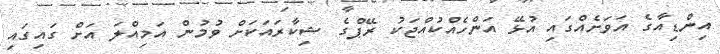
އިންޑިއާގެ އަވަށެއްގައި އުޅޭ އަންހެއްކުއްޖަކު ރޭޕްގެ ޝިކާރައަކަށް ވުމުން އަމިއްލަ އަށް ގައިގައި